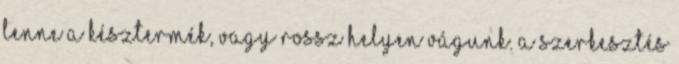
lenne a késztermék, vagy rossz helyen vágunk. A szerkesztés